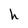
Character: h